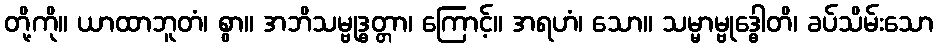
တို့ကို။ ယာထာဘူတံ၊ စွာ။ အဘိသမ္ဗုဒ္ဓတ္တာ၊ ကြောင့်။ အရဟံ၊ သော။ သမ္မာမ္ဗုဒ္ဓေါတိ၊ ခပ်သိမ်းသော